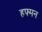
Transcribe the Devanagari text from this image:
हफ्मन